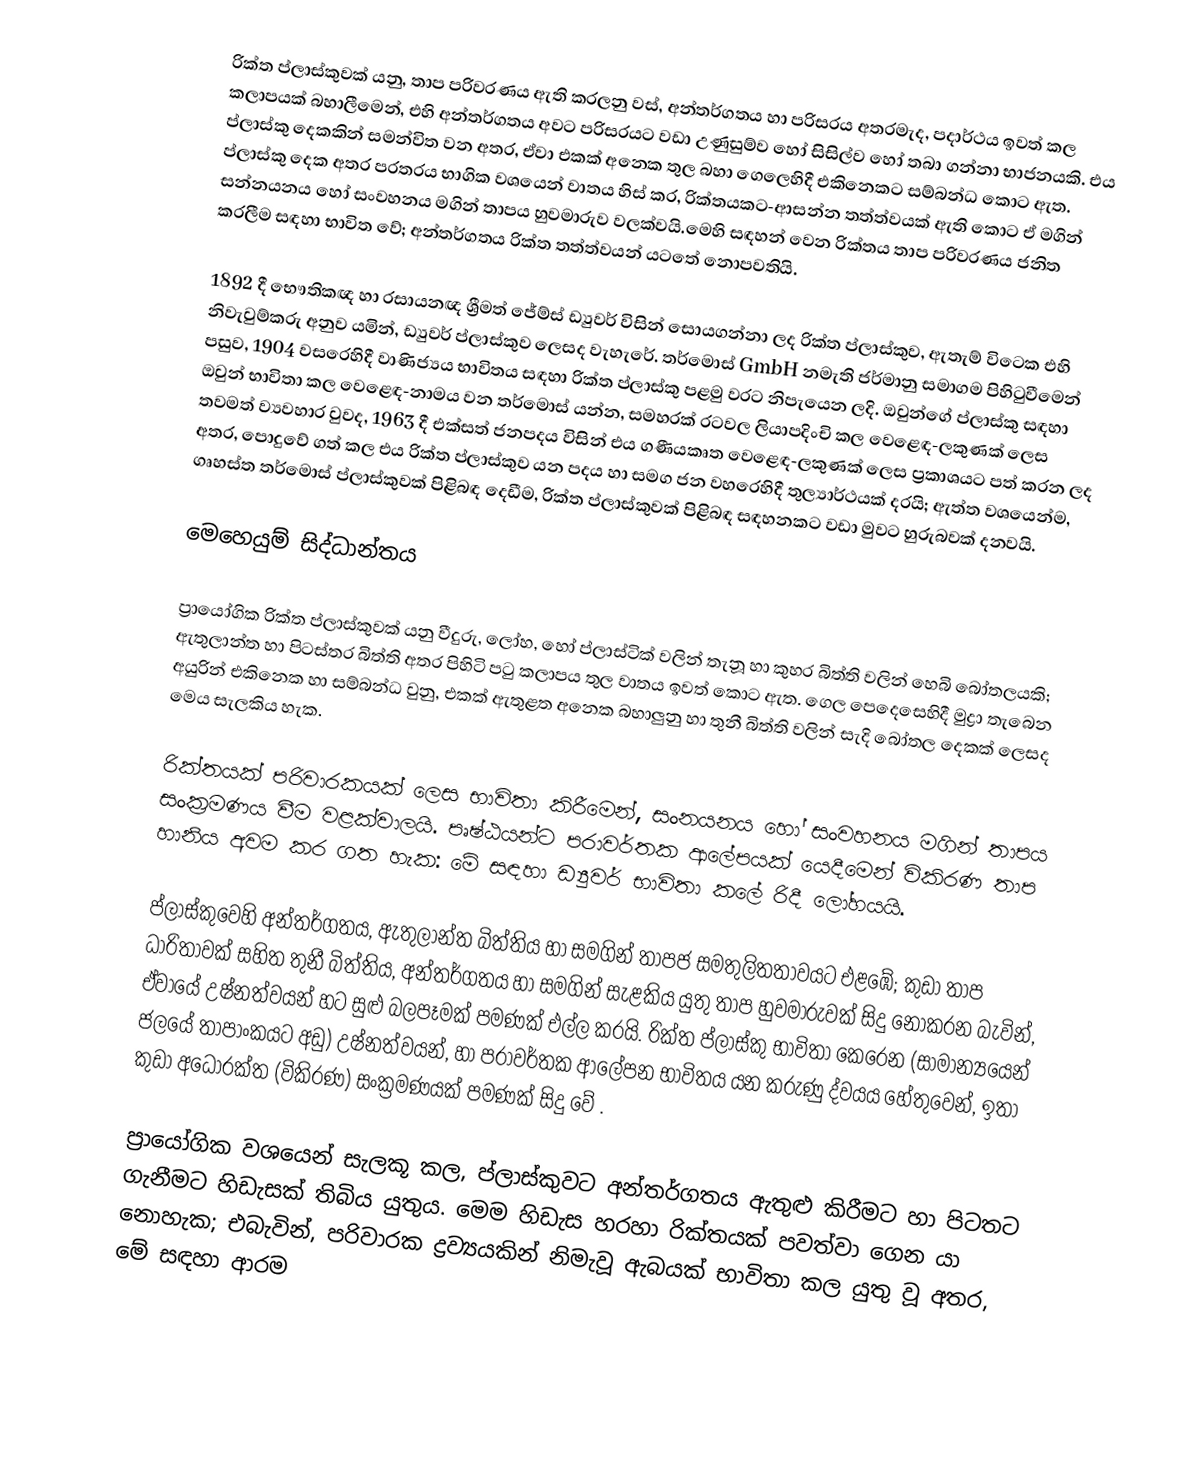
රික්ත ප්ලාස්කුවක් යනු, තාප පරිවරණය ඇති කරලනු වස්,  අන්තර්ගතය හා පරිසරය අතරමැද, පදාර්ථය ඉවත් කල කලාපයක් බහාලීමෙන්,  එහි අන්තර්ගතය අවට පරිසරයට වඩා උණුසුම්ව හෝ සිසිල්ව හෝ තබා ගන්නා  භාජනයකි. එය ප්ලාස්කු දෙකකින් සමන්විත වන අතර, ඒවා එකක් අනෙක තුල බහා ගෙලෙහිදී එකිනෙකට සම්බන්ධ කොට ඇත. ප්ලාස්කු දෙක අතර පරතරය භාගික වශයෙන් වාතය හිස් කර, රික්තයකට-ආසන්න තත්ත්වයක් ඇති කොට ඒ මගින්  සන්නයනය හෝ සංවහනය මගින් තාපය හුවමාරුව වලක්වයි.මෙහි සඳහන් වෙන  රික්තය තාප පරිවරණය ජනිත කරලීම සඳහා භාවිත වේ; අන්තර්ගතය රික්ත තත්ත්වයන් යටතේ නොපවතියි.

1892 දී භෞතිකඥ හා රසායනඥ ශ්‍රීමත්  ජේම්ස් ඩ්‍යුවර් විසින් සොයගන්නා ලද රික්ත ප්ලාස්කුව, ඇතැම් විටෙක එහි නිවැවුම්කරු  අනුව යමින්,  ඩ්‍යුවර් ප්ලාස්කුව ලෙසද වැහැරේ. තර්මොස් GmbH නමැති  ජර්මානු සමාගම පිහිටුවීමෙන් පසුව, 1904 වසරෙහිදී  වාණිජ්‍යය භාවිතය සඳහා රික්ත ප්ලාස්කු පළමු වරට නිපැයෙන ලදි. ඔවුන්ගේ ප්ලාස්කු සඳහා ඔවුන් භාවිතා කල වෙළෙඳ-නාමය වන තර්මොස් යන්න, සමහරක් රටවල ලියාපදිංචි කල වෙළෙඳ-ලකුණක් ලෙස තවමත් ව්‍යවහාර වුවද, 1963 දී එක්සත් ජනපදය විසින් එය ගණීයකෘත වෙළෙඳ-ලකුණක් ලෙස ප්‍රකාශයට පත් කරන ලද අතර, පොදුවේ ගත් කල එය රික්ත ප්ලාස්කුව යන පදය හා සමග ජන වහරෙහිදී තුල්‍යාර්ථයක් දරයි; ඇත්ත වශයෙන්ම,  ගෘහස්ත තර්මොස් ප්ලාස්කුවක් පිළිබඳ දෙඩීම, රික්ත ප්ලාස්කුවක් පිළිබඳ සඳහනකට වඩා මුවට හුරුබවක් දනවයි.

මෙහෙයුම් සිද්ධාන්තය

ප්‍රායෝගික රික්ත  ප්ලාස්කුවක් යනු වීදුරු, ලෝහ, හෝ ප්ලාස්ටික් වලින් තැනූ හා කුහර බිත්ති වලින් හෙබි බෝතලයකි; ඇතුලාන්ත හා පිටස්තර බිත්ති අතර පිහිටි පටු කලාපය තුල වාතය ඉවත් කොට ඇත. ගෙල පෙදෙසෙහිදී මුද්‍රා තැබෙන අයුරින් එකිනෙක හා සම්බන්ධ වුනු,  එකක් ඇතුළත අනෙක බහාලුනු හා තුනී බිත්ති වලින් සැදි බෝතල දෙකක් ලෙසද මෙය සැලකිය හැක.

රික්තයක් පරිවාරකයක් ලෙස භාවිතා කිරීමෙන්, සංනයනය ‍හෝ  සංවහනය මගින් තාපය සංක්‍රමණය වීම වළක්වාලයි. පෘෂ්ඨයන්ට  පරාවර්තක ආලේපයක්  යෙදීමෙන් විකිරණ  තාප හානිය  අවම කර ගත හැක: මේ සඳහා ඩ්‍යුවර් භාවිතා කලේ රිදී ලෝහයයි.

ප්ලාස්කුවෙහි අන්තර්ගතය, ඇතුලාන්ත බිත්තිය හා සමගින් තාපජ සමතුලිතතාවයට එළඹේ; කුඩා තාප ධාරිතාවක් සහිත තුනී  බිත්තිය, අන්තර්ගතය හා සමගින් සැළකිය යුතු තාප හුවමාරුවක් සිදු නොකරන බැවින්, ඒවායේ උෂ්නත්වයන් හට සුළු බලපෑමක් පමණක් එල්ල කරයි. රික්ත ප්ලාස්කු භාවිතා කෙරෙන (සාමාන්‍යයෙන් ජලයේ තාපාංකයට අඩු) උෂ්නත්වයන්, හා පරාවර්තක ආලේපන භාවිතය යන කරුණු ද්වයය හේතුවෙන්, ඉතා කුඩා අධෝරක්ත (විකිරණ) සංක්‍රමණයක් පමණක් සිදු වේ .

ප්‍රායෝගික වශයෙන් සැලකූ කල,  ප්ලාස්කුවට අන්තර්ගතය ඇතුළු කිරීමට හා පිටතට ගැනීමට හිඩැසක් තිබිය යුතුය.  ‍මෙම හිඩැස හරහා රික්තයක් පවත්වා ගෙන යා නොහැක; එබැවින්, පරිවාරක ද්‍රව්‍යයකින් නිමැවූ ඇබයක් භාවිතා කල යුතු වූ අතර, මේ සඳහා ආරම